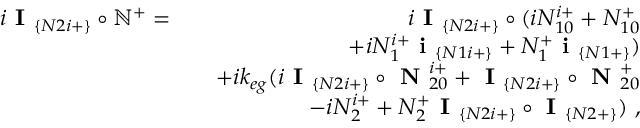
\begin{array} { r l r } { i \textbf { I } _ { \{ N 2 i + \} } \circ \mathbb { N } ^ { + } = } & { } & { i \textbf { I } _ { \{ N 2 i + \} } \circ ( i N _ { 1 0 } ^ { i + } + N _ { 1 0 } ^ { + } } \\ & { } & { ~ ~ ~ ~ ~ ~ + i N _ { 1 } ^ { i + } \textbf { i } _ { \{ N 1 i + \} } + N _ { 1 } ^ { + } \textbf { i } _ { \{ N 1 + \} } ) } \\ & { } & { + i k _ { e g } ( i \textbf { I } _ { \{ N 2 i + \} } \circ \textbf { N } _ { 2 0 } ^ { i + } + \textbf { I } _ { \{ N 2 i + \} } \circ \textbf { N } _ { 2 0 } ^ { + } } \\ & { } & { ~ ~ ~ ~ ~ ~ - i N _ { 2 } ^ { i + } + N _ { 2 } ^ { + } \textbf { I } _ { \{ N 2 i + \} } \circ \textbf { I } _ { \{ N 2 + \} } ) ~ , } \end{array}